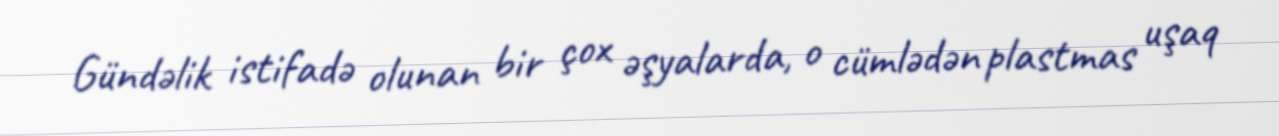
Gündəlik istifadə olunan bir çox əşyalarda, o cümlədən plastmas uşaq